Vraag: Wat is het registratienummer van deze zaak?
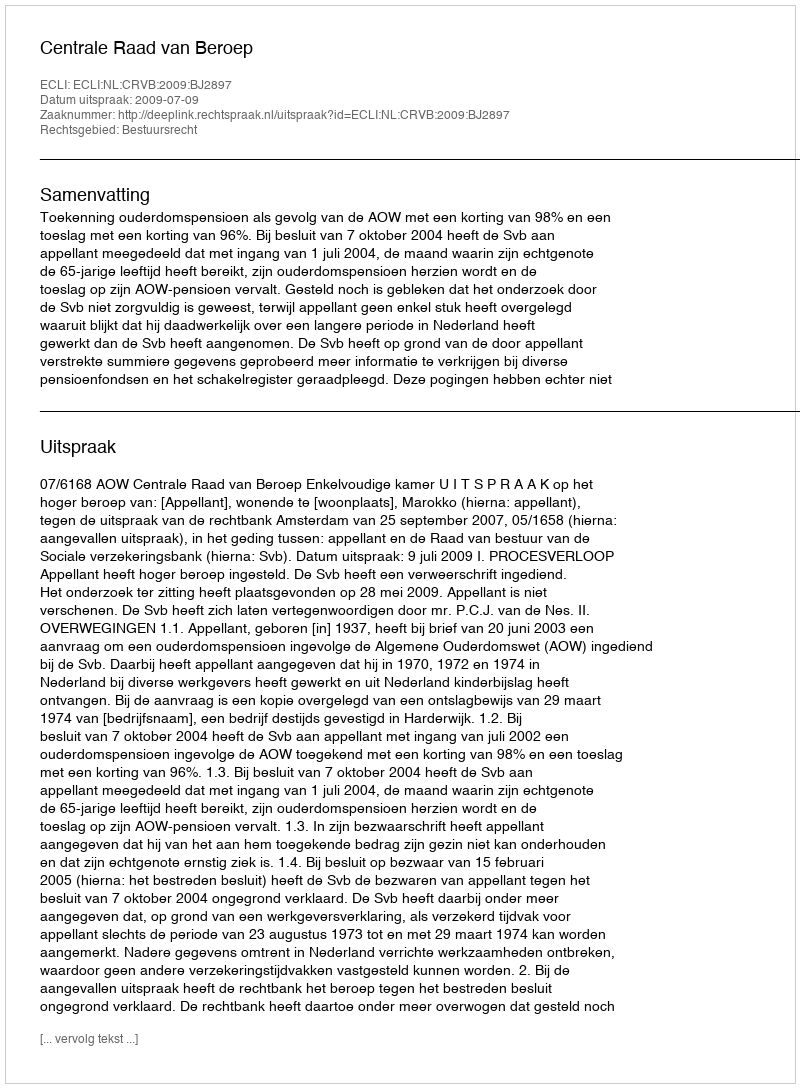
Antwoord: http://deeplink.rechtspraak.nl/uitspraak?id=ECLI:NL:CRVB:2009:BJ2897